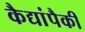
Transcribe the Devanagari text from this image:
कैद्यांपैकी